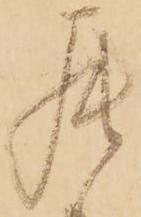
罷